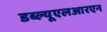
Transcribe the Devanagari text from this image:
डब्ल्यूएलआरएन